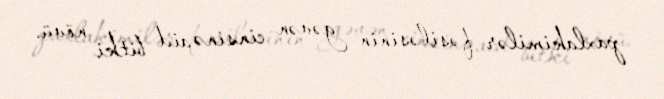
paxlakimilər fəsiləsinin gəvən cinsinə aid bitki növü.